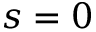
s = 0